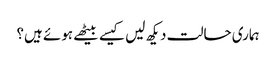
ہماری حالت دیکھ لیں کیسے بیٹھے ہوئے ہیں؟